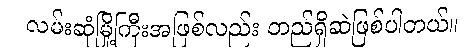
လမ်းဆုံမြို့ကြီးအဖြစ်လည်း တည်ရှိဆဲဖြစ်ပါတယ်။